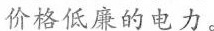
价格低廉的电力。